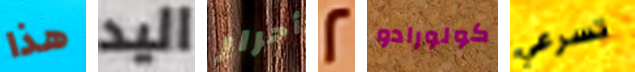
هذا اليد أحرار 2 كولورادو تسرعي